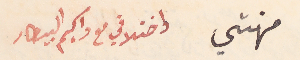
مهنتي واختلافي مع واكيم البيطار